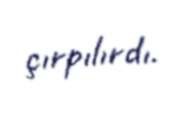
çırpılırdı.